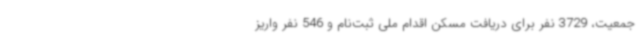
جمعیت، 3729 نفر برای دریافت مسکن اقدام ملی ثبت‌نام و 546 نفر واریز